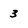
Character: 3